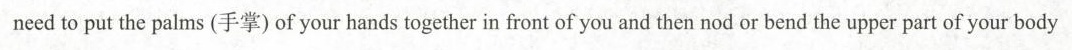
need to put the palms(手掌) of your hands together in front of you and then nod or bend the upper part of your body